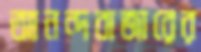
আনন্দবাজারের